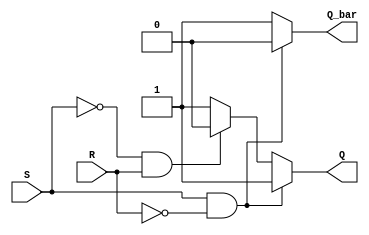
module sr_latch (
    input S, // Set input
    input R, // Reset input
    output reg Q, // Q output
    output reg Q_bar // Q-bar output
);

always @(S, R) begin
    if (S == 1 && R == 0) begin
        Q = 1; // Q is high
        Q_bar = 0; // Q-bar is low
    end else if (S == 0 && R == 1) begin
        Q = 0; // Q is low
        Q_bar = 1; // Q-bar is high
    end else begin
        // Forbidden state, outputs are unpredictable
        Q = 1;
        Q_bar = 1;
    end
end

endmodule